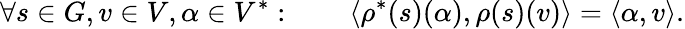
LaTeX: \forall s\in G,v\in V,\alpha\in V^{*}:\qquad\langle\rho^{*}(s)(\alpha),\rho(s)(v)\rangle=\langle\alpha,v\rangle.